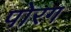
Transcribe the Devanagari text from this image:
पोरग